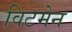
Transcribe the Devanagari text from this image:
विटमेन